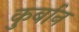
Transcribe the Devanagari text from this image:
कु़र्बान